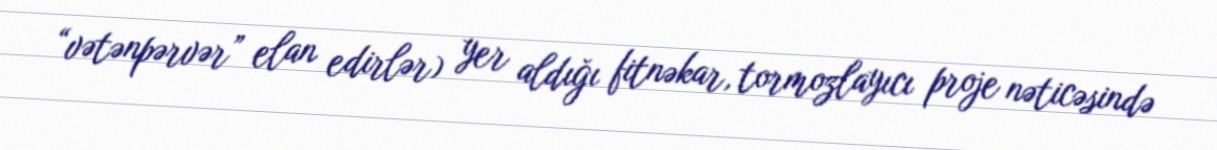
“vətənpərvər” elan edirlər) yer aldığı fitnəkar, tormozlayıcı proje nəticəsində